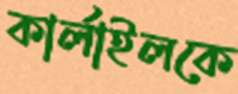
কার্লাইলকে